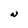
Character: N